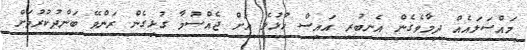
މައްސަލައެއް ދިމާވެގެން އެނބުރި އައިސް ހުޅުލެ އަށް ޖެއްސުމާ ގުޅިގެން ރަންވޭ ބަންދުކުރުމަށް